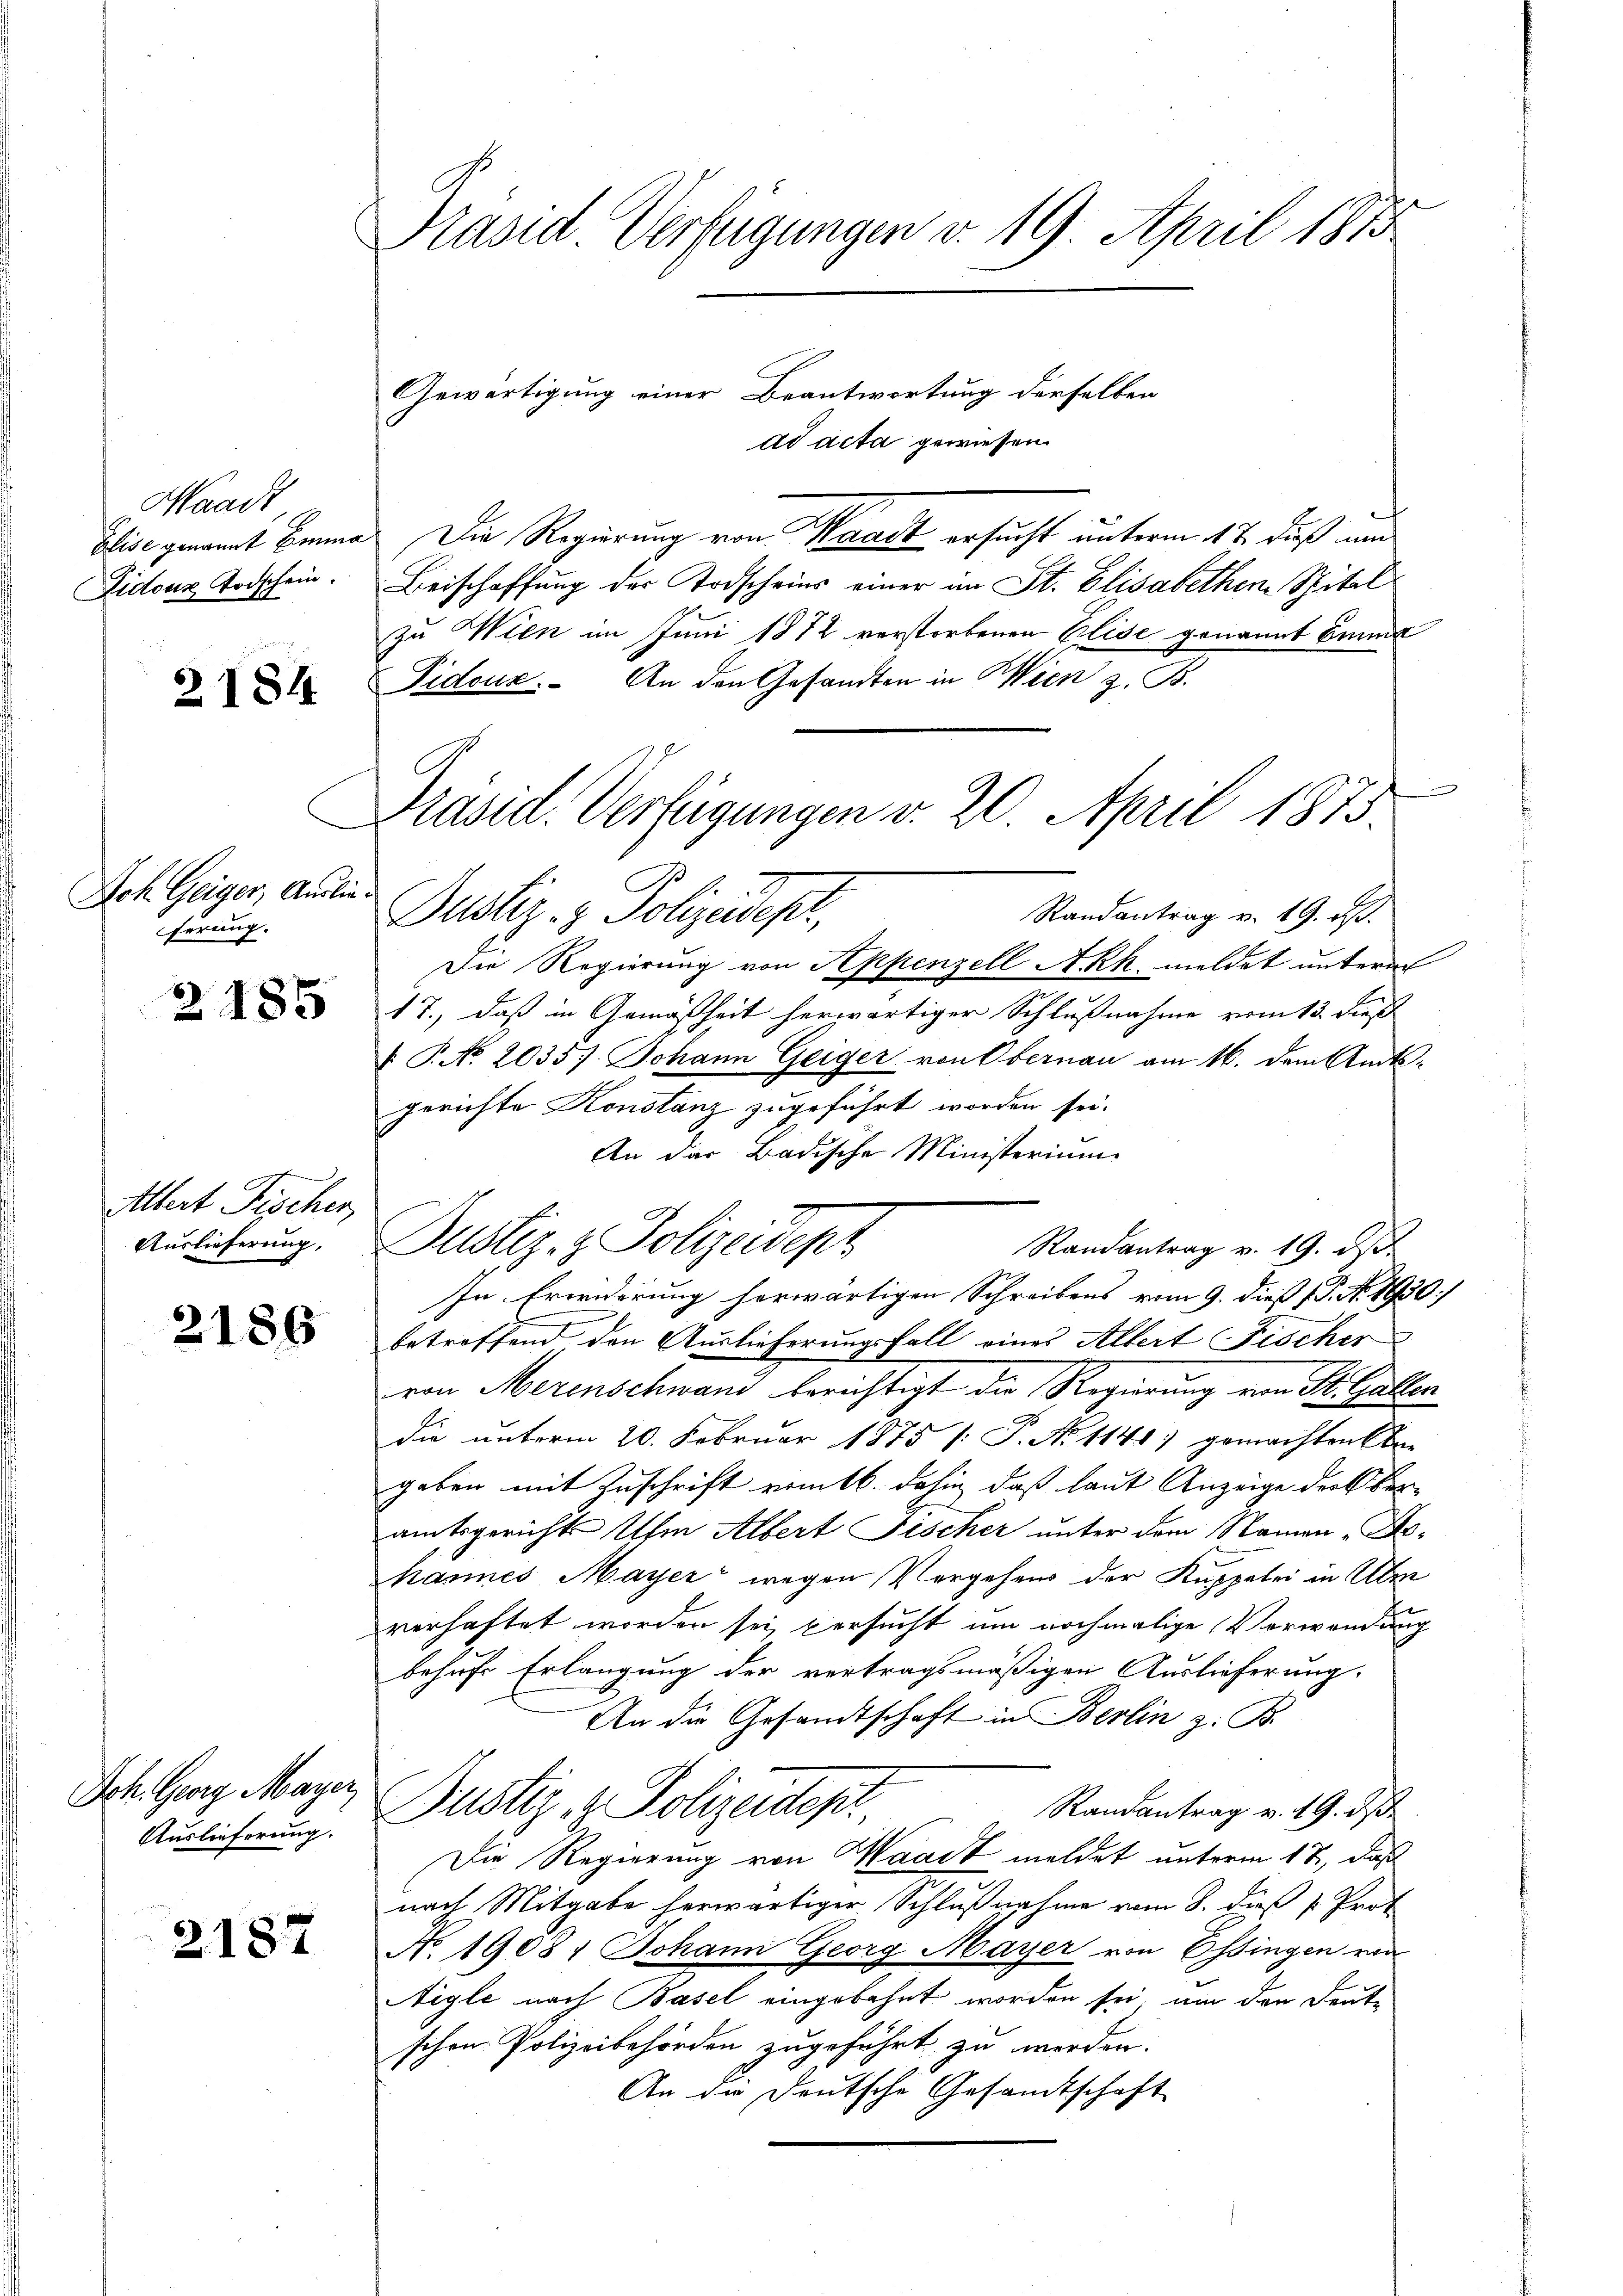
Waadt
Elise genannt Bin
Lidouz Todschein.

2184

Ach Geiger, Auslieferung.

3185

Altert Fischer
Auslieferung,

2186

Ich. Georg Mayer,
Auslieferung.

2187

Prasid Verfügungen v. 19. April 1875

Gewärtigung einer Beantwortung derselben
ad acta gewiesen.
Die Regierung von Waadt ersucht unterm 12. daß und
Beischaffung der Todscheins einer im St. Elisabethen Spital
zu Wien im Juni 1872 verstorbenen Elise genannt binne
Fidouz. An den Gesandten in Wien z. B.
A.
Dustiz- & Polizeidept,
Randantrag v. 19. d.
Die Regierung von Appenzell Akk. meldet unterm
1T., daß in Gemäßheit herwärtiger Schlußnahme vom 13. dieß
 P. No. 2035). Johann Geiger von Obernau am 16. dem Amtsgerichte Konstanz zugeführt worden sei.
An das Badische Ministerium
Randantrag v. 19. ds.
In Erwiderung herwärtigen Schreibens vom 9. dieß P. Nr. 1930/
betreffend den Auslieferungsfall eines Albert Fischer
von Merenschwand berichtigt die Regierung von St. Gallen
die unterm 20. Februar 1875 /: P. No 1141) gemachten konn
geben mit Zuschrift vomtb. dahin, daß laut Anzeige der Be-
amtsgericht Uhr Albert Fischer unter dem Namen Arhannes Mayer wegen Vergehens der Kuppelei in Übe
verhaftet worden sei versucht um nochmalige Verwendung
behufs Erlangung der vertragsmäßigen Auslieferung.
An die Gesandtschaft in Berlin z. B.
Justiz- & Polizeides
Randantrag v. 19. ds.
Die Regierung von Waadt meldet unterm 17, daß
nach Mitgabe herwärtiger Schlußnahme vom 8. dieß u. Prot
No 1908, Johann Georg Mayer von Ossingen von
Aigle nach Basel eingebahnt worden sei, um den Deut-
schen Polizeibehörden zugeführt zu werden.
An die Deutsche Gesandtschaft

Präsid. Verfügungen v. 20. April 1875

Justiz- & Polizeidepz